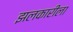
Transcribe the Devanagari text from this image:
झलकारीला